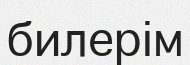
билерім